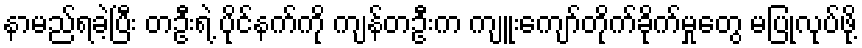
နာမည်ရခဲ့ပြီး တဦးရဲ့ ပိုင်နက်ကို ကျန်တဦးက ကျူးကျော်တိုက်ခိုက်မှုတွေ မပြုလုပ်ဖို့